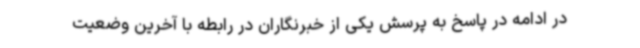
در ادامه در پاسخ به پرسش یکی از خبرنگاران در رابطه با آخرین وضعیت